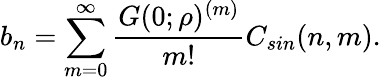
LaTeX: b_{n}=\sum_{m=0}^{\infty}\frac{G(0;\rho)^{(m)}}{m!}C_{sin}(n,m).